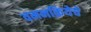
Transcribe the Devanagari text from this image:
वमनक्रियेचे